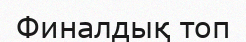
Финалдық топ